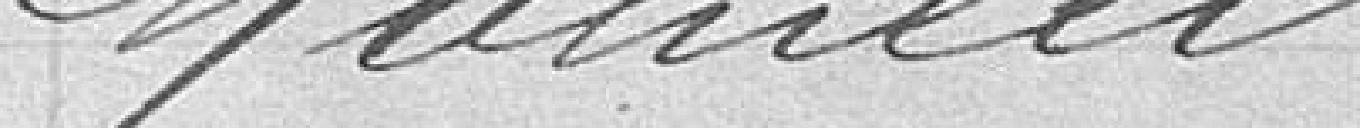
Mahieu.